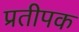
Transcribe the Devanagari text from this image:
प्रतीपक